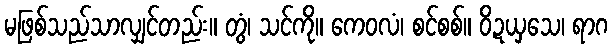
မဖြစ်သည်သာလျှင်တည်း။ တွံ၊ သင်ကို။ ကေဝလံ၊ စင်စစ်။ ဝိဍယှသေ၊ ရာဂ